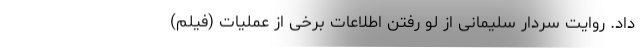
داد. روایت سردار سلیمانی از لو رفتن اطلاعات برخی از عملیات‌ (فیلم)